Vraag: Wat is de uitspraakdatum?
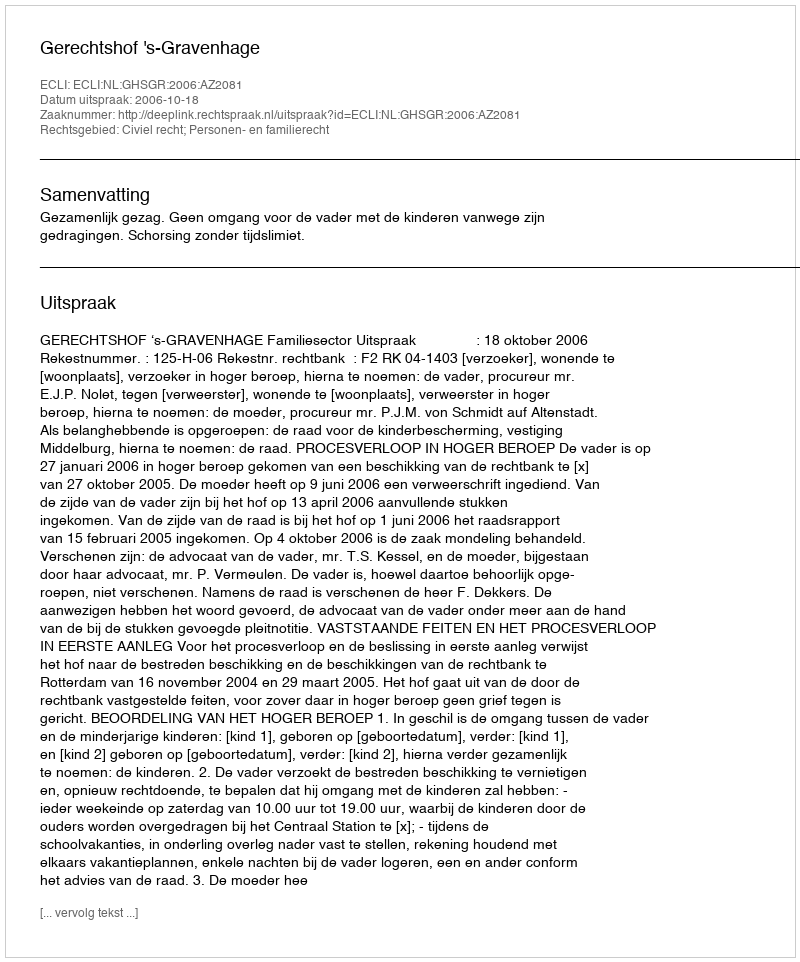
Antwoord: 2006-10-18